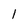
Character: l